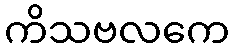
ကိသဗလကေ